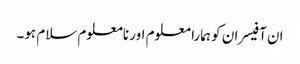
ان آفیسران کو ہمارا معلوم اور نامعلوم سلام ہو۔